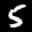
Label: 5